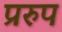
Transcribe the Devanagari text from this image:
प्ररुप